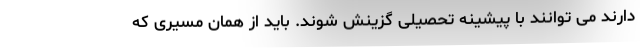
دارند می توانند با پیشینه تحصیلی گزینش شوند. باید از همان مسیری که